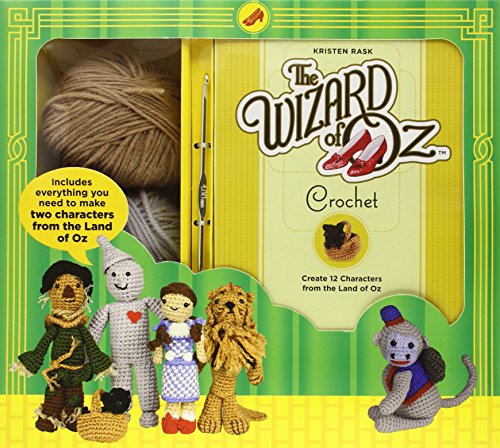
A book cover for The Wizard of Oz Crochet; Kristen Rask; Crafts, Hobbies & Home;